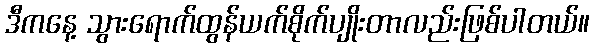
ဒီကနေ့ သွားရောက်ထွန်ယက်စိုက်ပျိုးတာလည်းဖြစ်ပါတယ်။